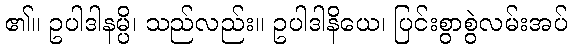
၏။ ဥပါဒါနမ္ပိ၊ သည်လည်း။ ဥပါဒါနိယေ၊ ပြင်းစွာစွဲလမ်းအပ်